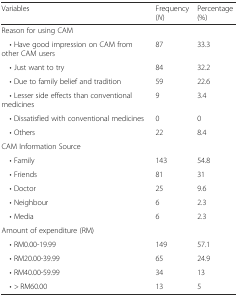
<table><thead><tr><td><b>Variables</b></td><td><b>Frequency (<i>N</i>)</b></td><td><b>Percentage (%)</b></td></tr></thead><tbody><tr><td>Reason for using CAM</td><td></td><td></td></tr><tr><td> • Have good impression on CAM from other CAM users</td><td>87</td><td>33.3</td></tr><tr><td> • Just want to try</td><td>84</td><td>32.2</td></tr><tr><td> • Due to family belief and tradition</td><td>59</td><td>22.6</td></tr><tr><td> • Lesser side effects than conventional medicines</td><td>9</td><td>3.4</td></tr><tr><td> • Dissatisfied with conventional medicines</td><td>0</td><td>0</td></tr><tr><td> • Others</td><td>22</td><td>8.4</td></tr><tr><td>CAM Information Source</td><td></td><td></td></tr><tr><td> • Family</td><td>143</td><td>54.8</td></tr><tr><td> • Friends</td><td>81</td><td>31</td></tr><tr><td> • Doctor</td><td>25</td><td>9.6</td></tr><tr><td> • Neighbour</td><td>6</td><td>2.3</td></tr><tr><td> • Media</td><td>6</td><td>2.3</td></tr><tr><td>Amount of expenditure (RM)</td><td></td><td></td></tr><tr><td> • RM0.00-19.99</td><td>149</td><td>57.1</td></tr><tr><td> • RM20.00-39.99</td><td>65</td><td>24.9</td></tr><tr><td> • RM40.00-59.99</td><td>34</td><td>13</td></tr><tr><td> • &gt; RM60.00</td><td>13</td><td>5</td></tr></tbody></table>